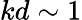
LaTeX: kd\sim 1